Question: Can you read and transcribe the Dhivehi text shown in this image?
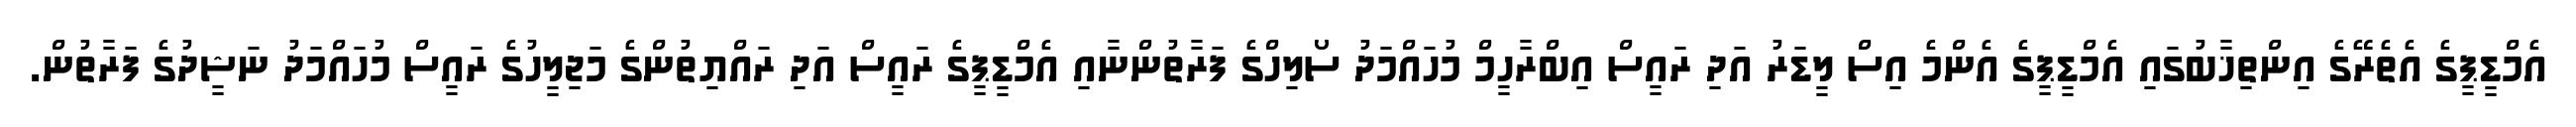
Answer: އެމްޑީޕީގެ އެތެރޭގެ އިންތިޚާބުގައި އެމްޑީޕީގެ އެންމެ އިސް ލީޑަރު އަދި ރައީސް އިބްރާހީމް މުހައްމަދު ސޯލިހްގެ ފަރާތުންނާއި އެމްޑީޕީގެ ރައީސް އަދި ރައްޔިތުންގެ މަޖިލީހުގެ ރައީސް މުހައްމަދު ނަޝީދުގެ ފަރާތުން.